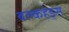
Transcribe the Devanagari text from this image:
बल्‍कहेड्स